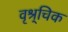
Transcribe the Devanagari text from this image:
वृश्र्चिक